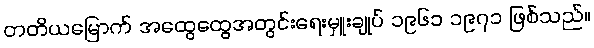
တတိယမြောက် အထွေထွေအတွင်းရေးမှူးချုပ် ၁၉၆၁ ၁၉၇၁ ဖြစ်သည်။